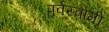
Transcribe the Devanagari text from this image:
पूर्वस्वामी